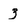
Character: 3